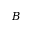
\boldsymbol { B }